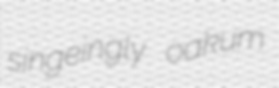
singeingly oakum